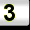
Digit: 3